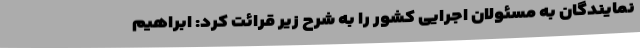
نمایندگان به مسئولان اجرایی کشور را به شرح زیر قرائت کرد: ابراهیم